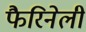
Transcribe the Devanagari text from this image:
फैरिनेली